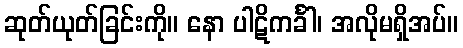
ဆုတ်ယုတ်ခြင်းကို။ နော ပါဋိကင်္ခါ၊ အလိုမရှိအပ်။